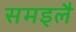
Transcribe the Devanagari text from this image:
समइलै